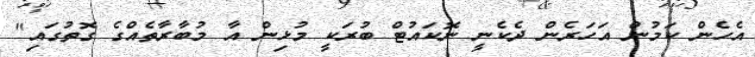
އެހެން ކަމުން އަހަރެން ދެކެނީ ނޮކައުޓް ބުރަކީ މުޅިން އާ މުބާރާތެއްގެ ގޮތުގައި"